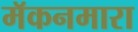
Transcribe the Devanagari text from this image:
मॅकनमारा